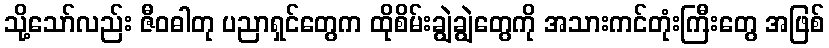
သို့သော်လည်း ဇီဝဓါတု ပညာရှင်တွေက ထိုစိမ်းချွဲချွဲတွေကို အသားကင်တုံးကြီးတွေ အဖြစ်